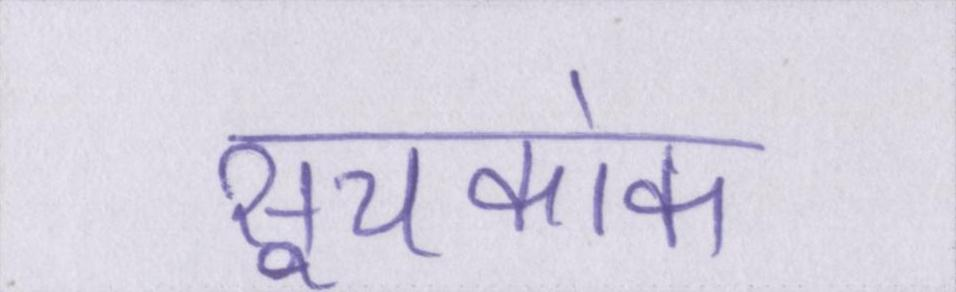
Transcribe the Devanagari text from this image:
सूचकांक